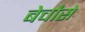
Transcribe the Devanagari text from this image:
बेचौसे